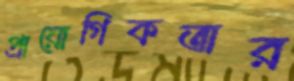
প্রায়োগিকতার